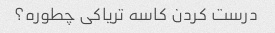
درست کردن کاسه تریاکی چطوره؟